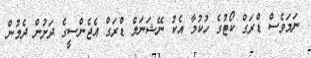
ނަމަވެސް ޑްރަގް ކޯޓުގެ ހުކުމާ އެކު ނޭޝަނަލް ޑްރަގް އެޖެންސީގެ ދަށުން ދެމުން